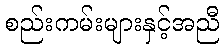
စည်းကမ်းများနှင့်အညီ